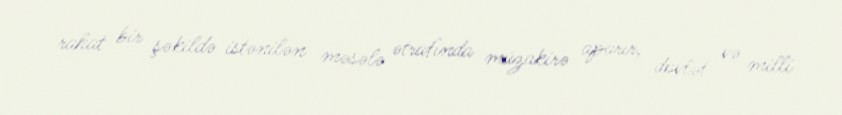
rahat bir şəkildə istənilən məsələ ətrafında müzakirə aparır, dövlət və milli